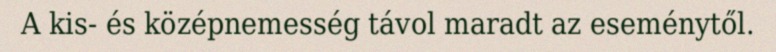
A kis- és középnemesség távol maradt az eseménytől.